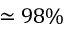
\simeq 9 8 \%